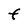
Character: F